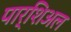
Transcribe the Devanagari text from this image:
पार्शिअल